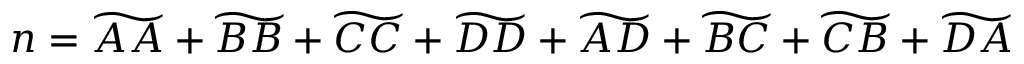
n = \widetilde { A A } + \widetilde { B B } + \widetilde { C C } + \widetilde { D D } + \widetilde { A D } + \widetilde { B C } + \widetilde { C B } + \widetilde { D A }